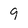
Character: 9